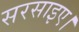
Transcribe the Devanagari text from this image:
सरसाइए।